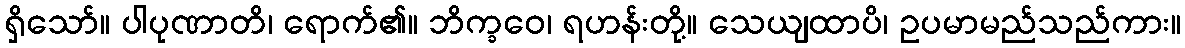
ရှိသော်။ ပါပုဏာတိ၊ ရောက်၏။ ဘိက္ခဝေ၊ ရဟန်းတို့။ သေယျထာပိ၊ ဥပမာမည်သည်ကား။